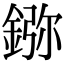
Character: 𨨮